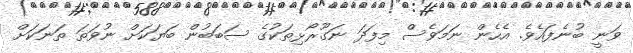
ވަނީ ބުނެފައެވެ. އެހެން ނަމަވެސް މިފަދަ ނަގޫރޯޅިތަކުގެ ސަބަބުން ބަޔަކަށް ނުވަތަ ތަނަކަށް